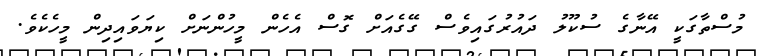
މުސްތާގަކީ އޭނާގެ ސުކޫލު ދައުރުގައިވެސް ގޭގެއަށް ގޮސް އެހެން މީހުންނަށް ކިޔަވައިދިން މީހެކެވެ.